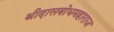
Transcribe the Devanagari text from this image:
श्रीदासबोधमहाराज